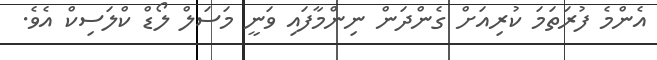
އެންމެ ފުރަތަމަ ކުރިއަށް ގެންދަން ނިންމާފައި ވަނީ މަސަލް ލޯޑް ކްލަސިކް އެވެ.